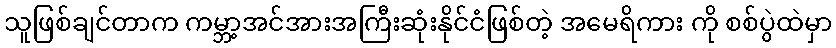
သူဖြစ်ချင်တာက ကမ္ဘာ့အင်အားအကြီးဆုံးနိုင်ငံဖြစ်တဲ့ အမေရိကား ကို စစ်ပွဲထဲမှာ